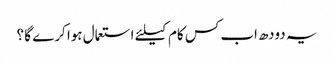
یہ دودھ اب کس کام کیلئے استعمال ہوا کرے گا ؟